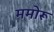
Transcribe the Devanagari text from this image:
ममोरू